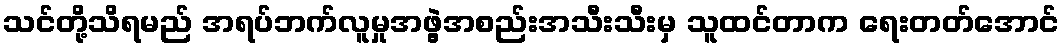
သင်တို့သိရမည် အရပ်ဘက်လူမှုအဖွဲ့အစည်းအသီးသီးမှ သူထင်တာက ရေးတတ်အောင်